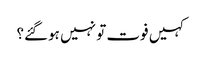
کہیں فوت تو نہیں ہوگئے؟